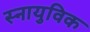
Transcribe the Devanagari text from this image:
स्नायुविक